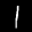
Label: 1